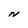
Character: N